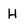
Character: H